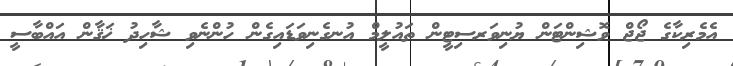
އެމެރިކާގެ ޖޯޖް ވޮޝިންޓަން ޔުނިވަރސިޓީން ތައުލީމް އުނގެނިވަޑައިގެން ހުންނެވި ޝާހިދު ޚަޤާން އައްބާސީ